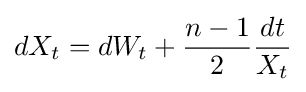
dX_{t}=dW_{t}+{\frac {n-1}{2}}{\frac {dt}{X_{t}}}